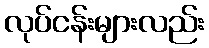
လုပ်ငန်းများလည်း